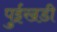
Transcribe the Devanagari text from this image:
पुईखडी